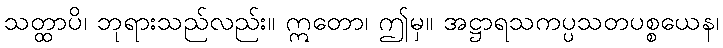
သတ္ထာပိ၊ ဘုရားသည်လည်း။ ဣတော၊ ဤမှ။ အဋ္ဌာရသကပ္ပသတပစ္စယေန၊